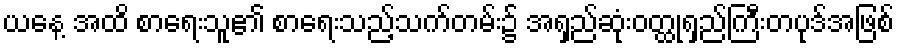
ယနေ့ အထိ စာရေးသူ၏ စာရေးသည့်သက်တမ်း၌ အရှည်ဆုံးဝတ္ထုရှည်ကြီးတပုဒ်အဖြစ်